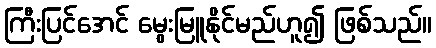
ကြီးပြင်အေင် မွေးမြူနိုင်မည်ဟူ၍ ဖြစ်သည်။